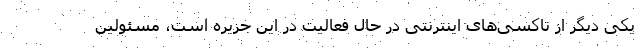
یکی دیگر از تاکسی‌های اینترنتی در حال فعالیت در این جزیره است، مسئولین